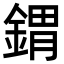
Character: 𨩋